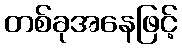
တစ်ခုအနေဖြင့်